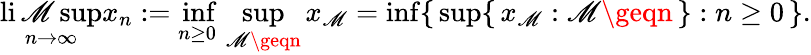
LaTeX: \operatorname*{li\mathscr{M}sup}_{n\to\infty}x_{n}:=\operatorname*{inf}_{n\geq0}\, \operatorname*{sup}_{\mathscr{M}\geqn}x_{\mathscr{M}}=\operatorname*{inf}\{ \, \operatorname*{sup}\{ \, x_{\mathscr{M}}:\mathscr{M}\geqn\, \} :n\geq0\, \} .